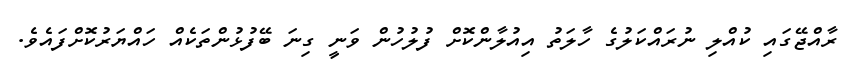
ރާއްޖޭގައި ކުއްލި ނުރައްކަލުގެ ހާލަތު އިއުލާންކޮށް ފުލުހުން ވަނީ ގިނަ ބޭފުޅުންތަކެއް ހައްޔަރުކޮށްފައެވެ.